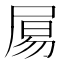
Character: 𡱿